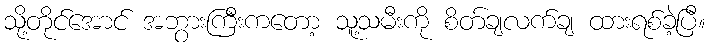
သို့တိုင်အောင် အဘွားကြီးကတော့ သူ့သမီးကို စိတ်ချလက်ချ ထားရစ်ခဲ့ပြီ။